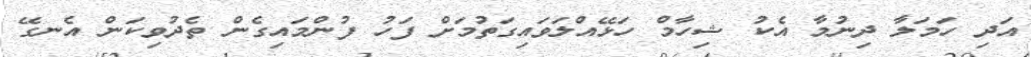
އަދި ހަމަލާ ދިނުމާ އެކު ޝިހާމް ހަޅޭއްލަވައިގަތުމަށް ފަހު ފުންމައިގެން ތެދުވިކަން އެނގޭ